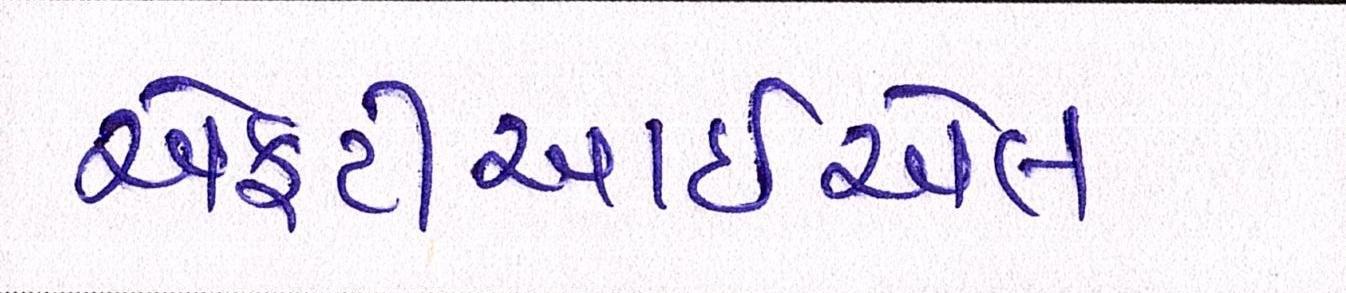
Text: એફટીઆઈએલ